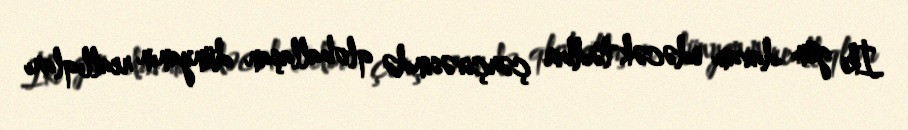
İki gün davam edəcək tədbir çərçivəsində qloballaşan dünyanın reallıqları